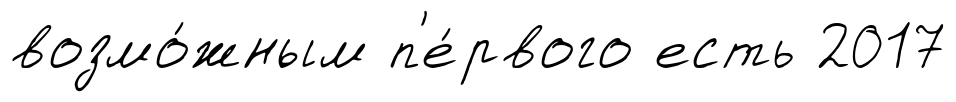
возмо́жным п'е́рвого есть 2017